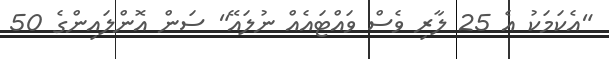
"އެކަމަކު އެ 25 ލާރި ވެސް ވައްޓައެއް ނުލައޭ" ސަން އޮންލައިންގެ 50